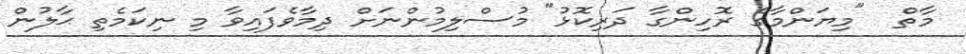
މާތް  "މިޔަންމާގެ ރޮހިންގާ ދަރިކޮޅު" މުސްލިމުންނަށް ދިމާވެފައިވާ މި ނިކަމެތި ޙާލުން